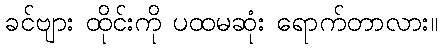
ခင်ဗျား ထိုင်းကို ပထမဆုံး ရောက်တာလား။